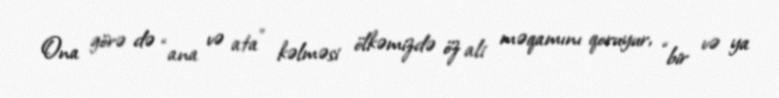
Ona görə də “ana və ata” kəlməsi ölkəmizdə öz ali məqamını qoruyur, “bir və ya